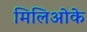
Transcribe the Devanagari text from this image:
मिलिओके